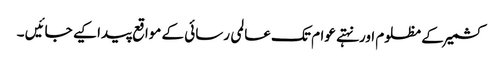
کشمیر کے مظلوم اورنہتے عوام تک عالمی رسائی کے مواقع پیدا کیے جائیں ۔